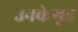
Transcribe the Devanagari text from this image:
उनकेगृह